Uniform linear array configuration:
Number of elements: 32
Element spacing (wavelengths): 0.25
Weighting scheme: uniform
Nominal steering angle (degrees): -45
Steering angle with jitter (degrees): -43.382
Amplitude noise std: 0.05
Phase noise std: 0.05

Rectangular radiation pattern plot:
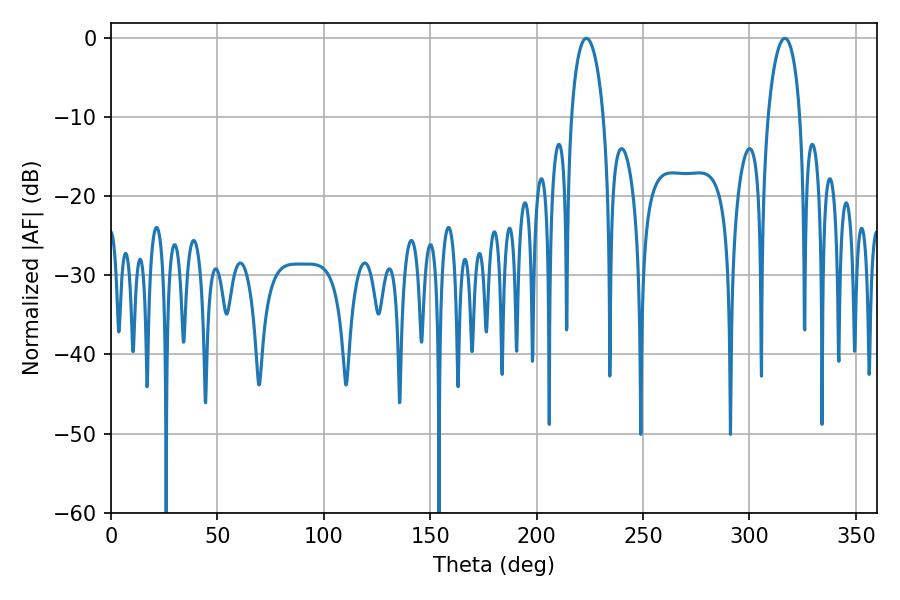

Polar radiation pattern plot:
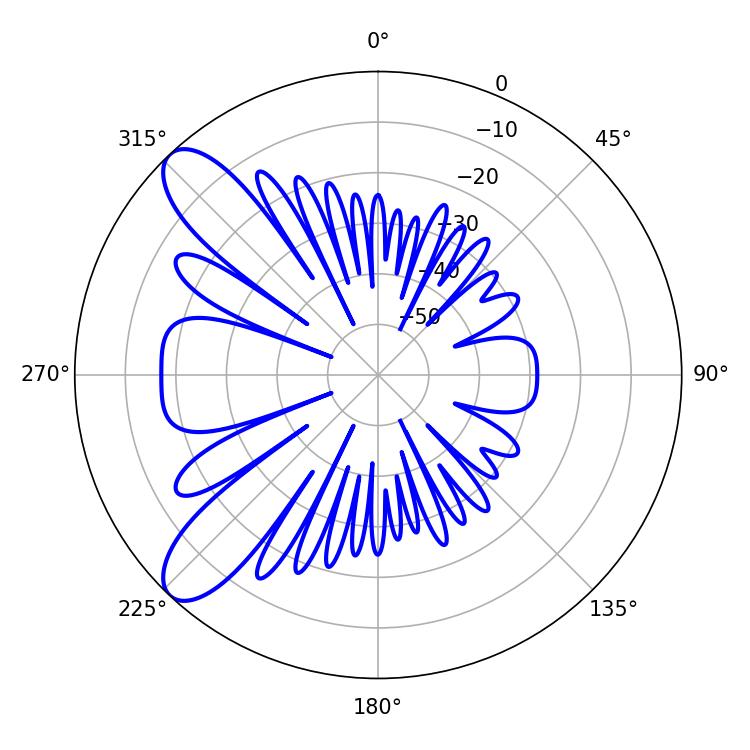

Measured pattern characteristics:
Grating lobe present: FALSE
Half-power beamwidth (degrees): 8.64
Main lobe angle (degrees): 223.38